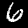
Label: 6